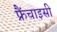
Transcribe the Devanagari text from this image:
फ्रैंचाइसी